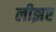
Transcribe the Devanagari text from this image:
लीझर